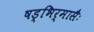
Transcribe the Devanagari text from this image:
षड्भिर्मासैः